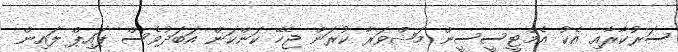
ސަރުކާރާއި އެކު އެމްޓީސީސީން މަޝްވަރާ ކުރަން ޖެހޭ ކަންކަން އަބަދުވެސް ޕައިޕް ލައިން